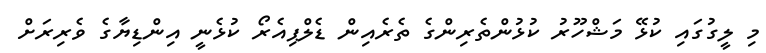
މި ލީގުގައި ކުޅޭ މަޝްހޫރު ކުޅުންތެރިންގެ ތެރެއިން ޑެލްޕިއެރޯ ކުޅެނީ އިންޑިޔާގެ ވެރިރަށް